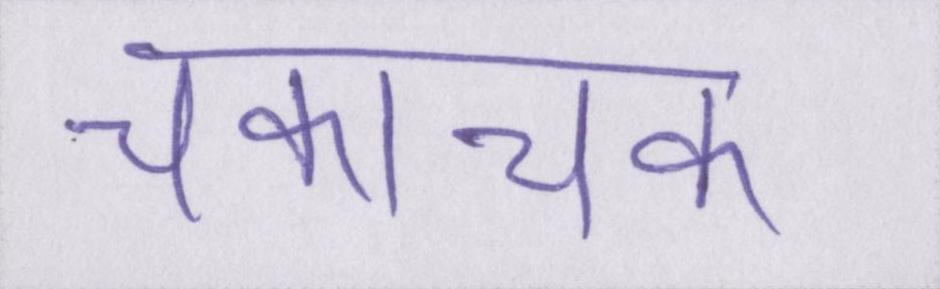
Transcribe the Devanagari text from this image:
चकाचक